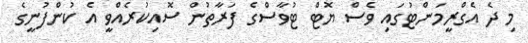
މި ދެ އެގްރީމަންޓުގައި ވެސް ޔޮޓް ޓުވާސްގެ ފަރާތުން ސޮއިކުރެއްވީ އެ ކުންފުނީގެ